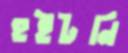
হুইটনি